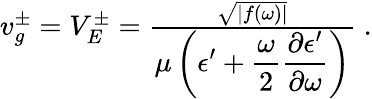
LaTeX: \begin{array}{r}{v_{g}^{\pm}=V_{E}^{\pm}=\frac{\sqrt{\left|f(\omega)\right|}}{\displaystyle\mu\left(\epsilon^{\prime}+\frac{\omega}{2}\frac{\partial\epsilon^{\prime}}{\partial\omega}\right)}\; .}\end{array}